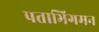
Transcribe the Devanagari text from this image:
पताभिगमन